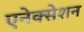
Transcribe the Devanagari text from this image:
एनेक्सेशन